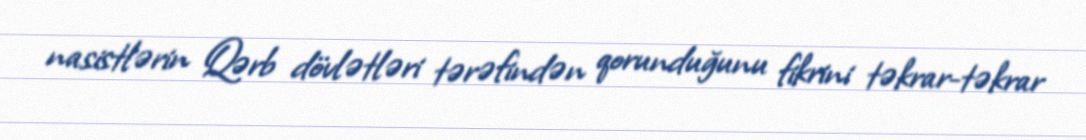
nasistlərin Qərb dövlətləri tərəfindən qorunduğunu fikrini təkrar-təkrar